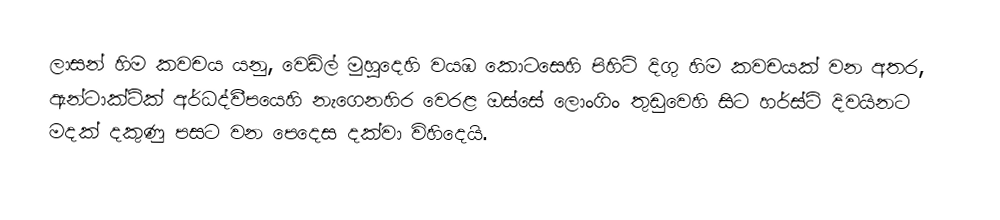
ලාසන් හිම කවචය යනු, වෙඩ්ල් මුහුදෙහි වයඹ කොටසෙහි පිහිටි දිගු හිම කවචයක් වන අතර, ඇන්ටාක්ටික් අර්ධද්වීපයෙහි නැගෙනහිර වෙරළ ඔස්සේ ලොංගිං තුඩුවෙහි සිට  හර්ස්ට් දිවයිනට මදක් දකුණු පසට වන පෙදෙස දක්වා විහිදෙයි.